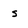
Character: s